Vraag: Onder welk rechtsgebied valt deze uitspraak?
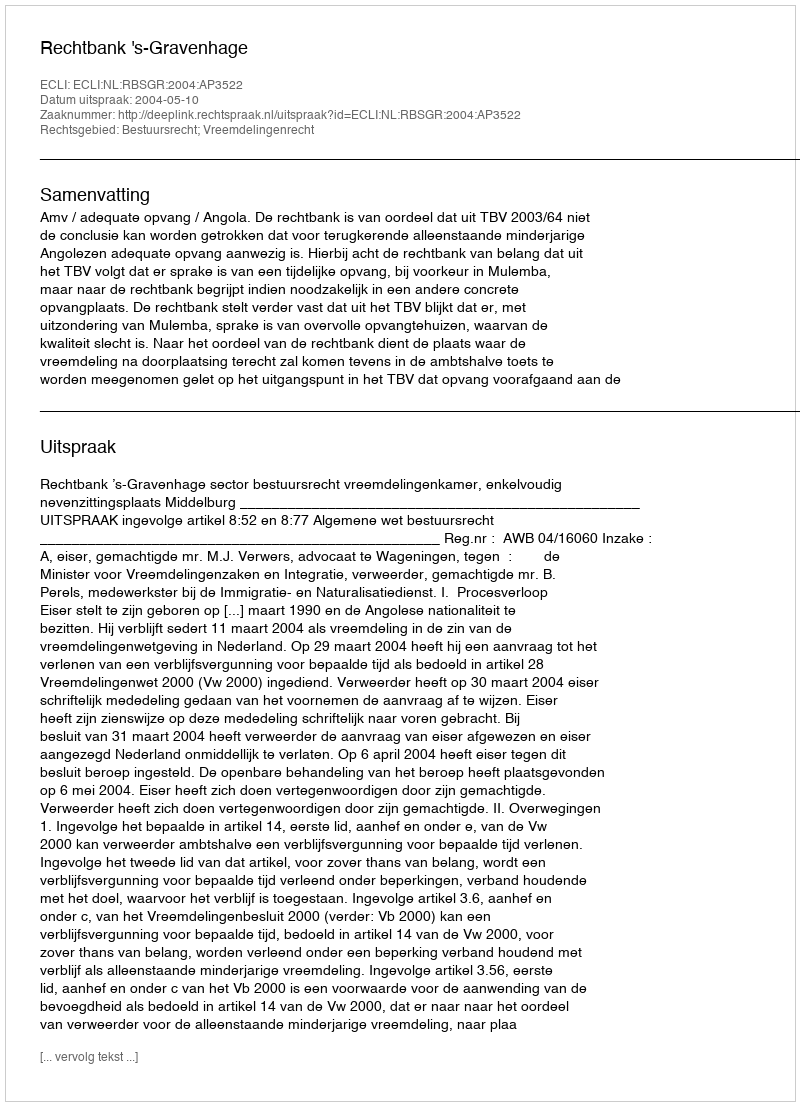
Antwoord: Bestuursrecht; Vreemdelingenrecht